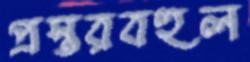
প্রস্তরবহুল